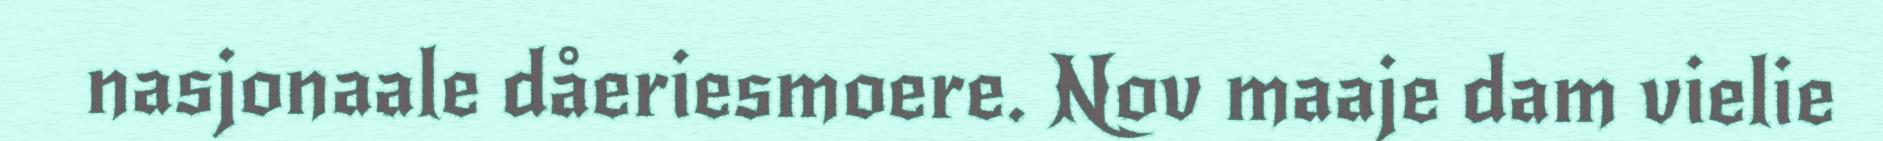
nasjonaale dåeriesmoere. Nov maaje dam vielie